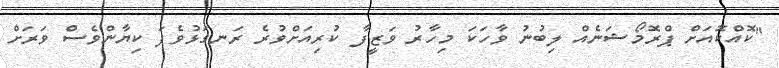
"ކޮއްކޮއަށް ޕްރޮމޯޝަނެއް ލިބުނު ވާހަކަ މިހާރު ވަޒީފާ ކުރިއަށްވުރެ ރަނގަޅުވެފަ ކިޔާންވެސް ވަރަށް